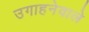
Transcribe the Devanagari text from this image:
उगाहनेवाले